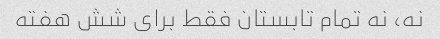
نه، نه تمام تابستان فقط برای شش هفته